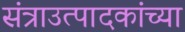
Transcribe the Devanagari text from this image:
संत्राउत्पादकांच्या